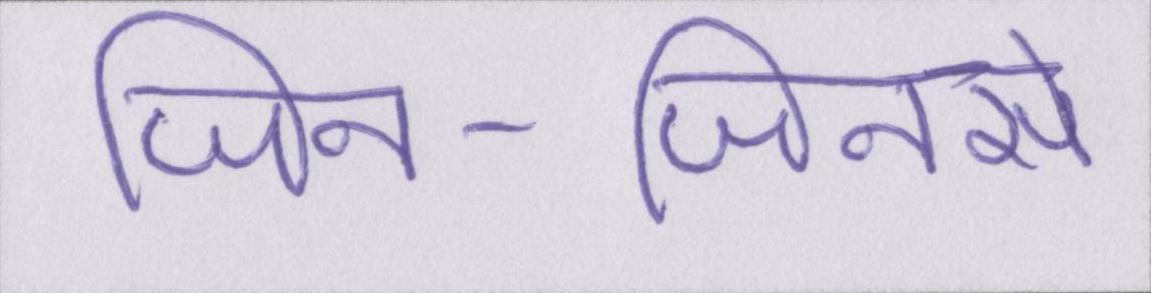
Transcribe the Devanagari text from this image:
जिन-जिनसे